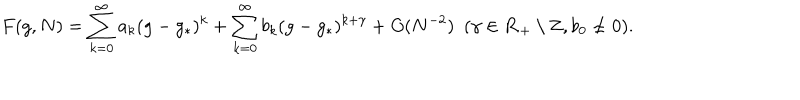
F ( g , N ) = \sum _ { k = 0 } ^ { \infty } a _ { k } ( g - g _ { * } ) ^ { k } + \sum _ { k = 0 } ^ { \infty } b _ { k } ( g - g _ { * } ) ^ { k + \gamma } + O ( N ^ { - 2 } ) \ \ ( \gamma \in { \bf R } _ { + } \setminus { \bf Z } , b _ { 0 } \ne 0 ) .